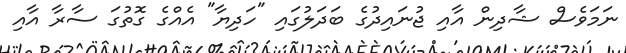
ނަމަވެސް ޝާދިން އާއި ޖުނައިދުގެ ބަދަލުގައި "ހަދިޔާ" އެއްގެ ގޮތުގަ ސާރާ އާއި